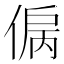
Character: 𰂞